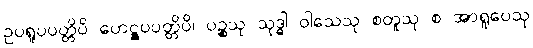
ဥပရူပပတ္တိပိ ဟေဋ္ဌူပပတ္တိပိ၊ ပဉ္စသု သုဒ္ဓါ ဝါသေသု စတူသု စ အာရူပေသု